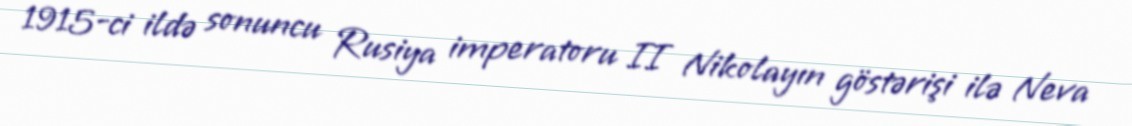
1915-ci ildə sonuncu Rusiya imperatoru II Nikolayın göstərişi ilə Neva